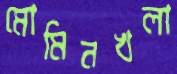
মোমিনখলা